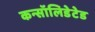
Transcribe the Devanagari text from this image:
कन्सॉलिडेटेड